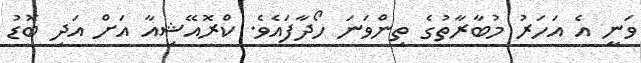
ވަނީ އެ އަހަރު މުބާރާތުގެ ތިންވަނަ ހޯދާފައެވެ. ކްރޮއޭޝިއާ އަށް އަދި ބޮޑު